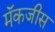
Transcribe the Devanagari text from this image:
मॅकजीस